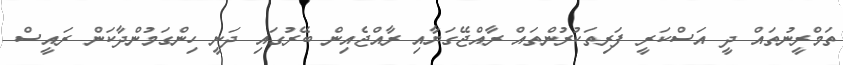
ތަމްރީނުތައް ދީ އަސްކަރީ ފަރިތަކުރުންތައް ރާއްޖޭގަޔާއި ރާއްޖެއިން ބޭރުގައި ދަނީ ހިންގަމުންދާކަން ރައީސް